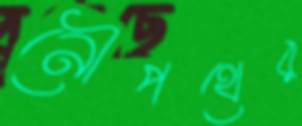
নৌপথের